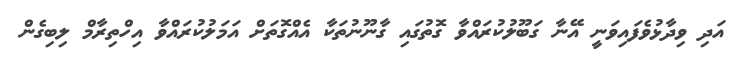
އަދި ވިދާޅުވެފައިވަނީ އޭނާ ގަބޫލުކުރައްވާ ގޮތުގައި ގާނޫނުތަކާ އެއްގޮތަށް އަމަލުކުރައްވާ އިހްތިރާމް ލިބިގެން